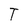
Character: T